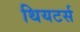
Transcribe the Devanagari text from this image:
थियटर्स